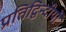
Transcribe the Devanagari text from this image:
प्रतिद्विन्दीयों